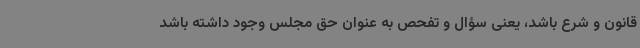
قانون و شرع باشد، یعنی سؤال و تفحص به عنوان حق مجلس وجود داشته باشد